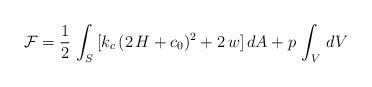
LaTeX: \begin{align*}{\cal F}=\frac{1}{2}\,\int_{S}\,[k_{c}\,(2\,H+c_{0})^2+2\,w]\, dA+p\, \int_{V}\, dV\end{align*}